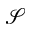
\mathcal { S }